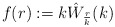
\begin{align*}f(r) := k\hat W_{\frac{r}{k}}(k)\end{align*}